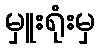
မှူးရုံးမှ